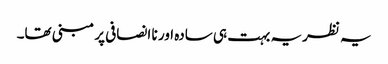
یہ نظریہ بہت ہی سادہ اور نا انصافی پر مبنی تھا۔